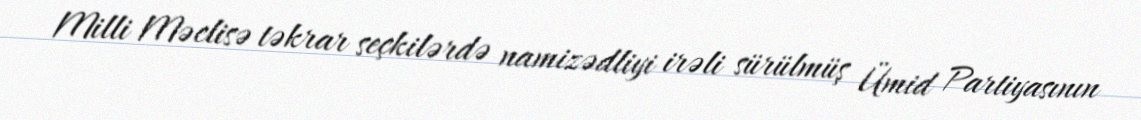
Milli Məclisə təkrar seçkilərdə namizədliyi irəli sürülmüş Ümid Partiyasının